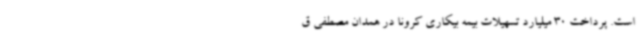
است. پرداخت 30 میلیارد تسهیلات بیمه بیکاری کرونا در همدان مصطفی ق